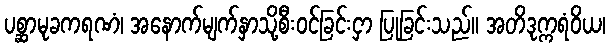
ပစ္ဆာမုခကရဏံ၊ အနောက်မျက်နှာသို့စီးဝင်ခြင်းငှာ ပြုခြင်းသည်။ အတိဒုက္ကရံဝိယ၊